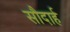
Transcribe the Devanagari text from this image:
सौदार्ह